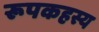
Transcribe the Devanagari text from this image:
रूपकहस्य